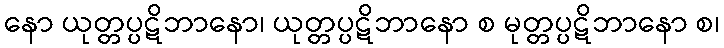
နော ယုတ္တပ္ပဋိဘာနော၊ ယုတ္တပ္ပဋိဘာနော စ မုတ္တပ္ပဋိဘာနော စ၊